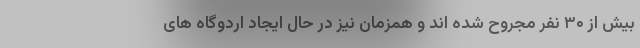
بیش از ۳۰ نفر مجروح شده اند و همزمان نیز در حال ایجاد اردوگاه های